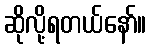
ဆိုလို့ရတယ်နော်။